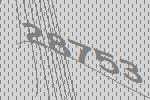
28753